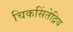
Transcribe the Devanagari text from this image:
चिकसिंतेद्रिय